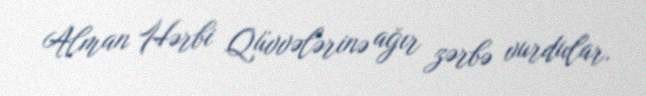
Alman Hərbi Qüvvələrinə ağır zərbə vurdular.